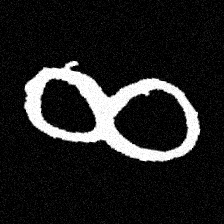
Pyu character \u2014 Myanmar letter: ဆ (romanized: cha)